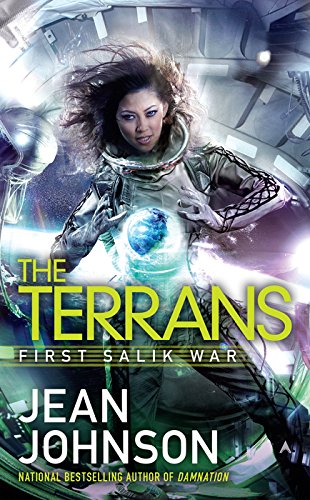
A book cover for The Terrans (First Salik War); Jean Johnson; Science Fiction & Fantasy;